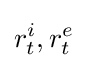
r_{t}^{i},r_{t}^{e}